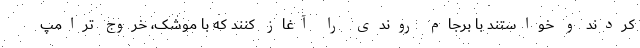
کردند و خواستند با برجام روندی را آغاز کنند که با موشک، خروج ترامپ